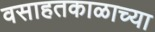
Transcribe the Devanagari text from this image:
वसाहतकाळाच्या